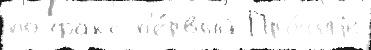
по факс п'е́рвый Про́чиjе